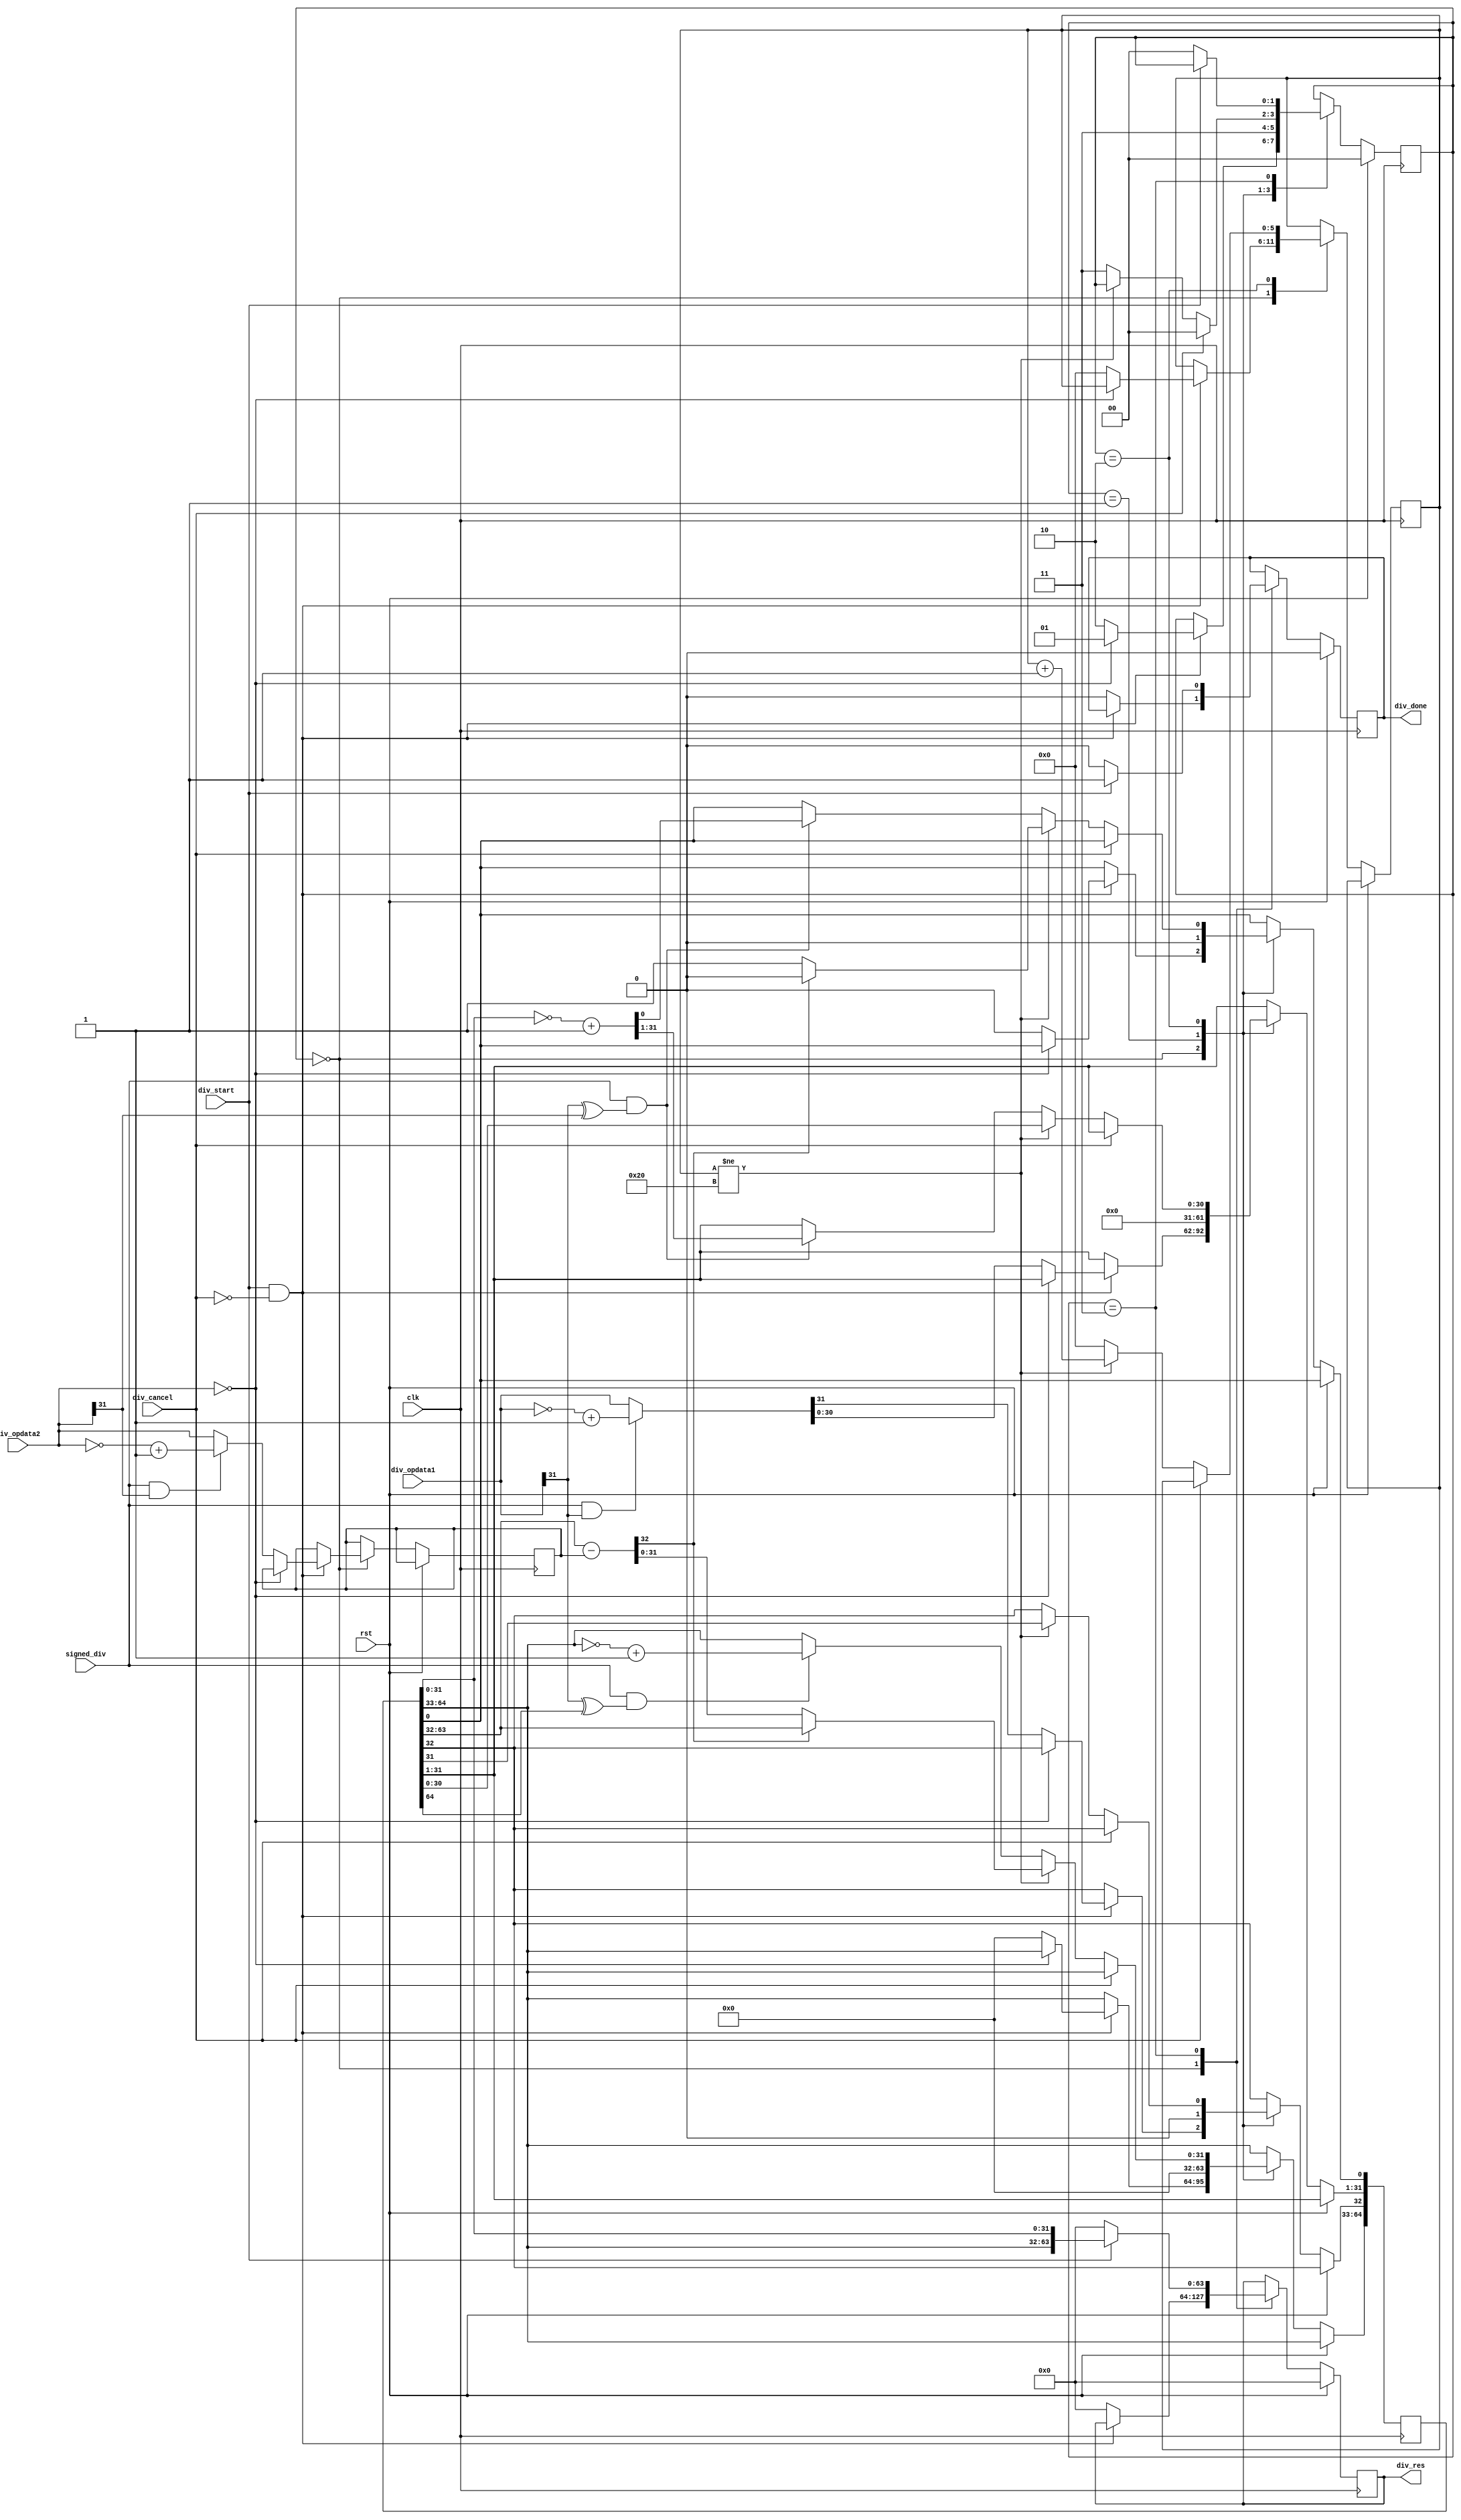
// defines used in div module
`define DivFree            2'b00  
`define DivZero            2'b01  
`define DivOn              2'b10  
`define DivEnd             2'b11  
`define RegWidth  32
`define DoubleRegWidth 64
`define RstEnable 1

module div1(
    input wire                      clk,
    input wire                      rst,
     
    input wire                      signed_div,  // signed div(high) unsigned div(low)
    input wire[`RegWidth-1:0]       div_opdata1, // dividend
    input wire[`RegWidth-1:0]       div_opdata2, // divider
    input wire                      div_start,   // start division (high active)
    input wire                      div_cancel,  // cancel division (high active)
     
    output reg[`DoubleRegWidth-1:0] div_res,     // division result
    output reg                      div_done     // division done (high active)
);
    // variable width attention
    wire[`RegWidth:0]       div_temp;  // attention the width(33)
    reg [`DoubleRegWidth:0] dividend;  // attention the width(65)
 
    reg [`RegWidth-1:0]       divisor;     
    reg [`RegWidth-1:0]       opdata1_tmp;
    reg [`RegWidth-1:0]       opdata2_tmp;
    reg [1:0]                 state;
    reg [5:0]                 cnt;      // div operation cycle count
     
    assign div_temp = {
1'b0,dividend[63:32]
} - {
1'b0,divisor
};
 
    always @ (posedge clk)
    begin
        if (rst == `RstEnable)
        begin
            state <= `DivFree;
            div_done <= 1'b0;
            div_res <= {
`DoubleRegWidth{
1'b0
}
};
        end
        else
        begin
          case (state)
              `DivFree:
              begin
                  if(div_start == 1'b1 && div_cancel == 1'b0)
                  begin
                      if(div_opdata2 == {
`RegWidth{
1'b0
}
})
                      begin
                          state <= `DivZero;
                      end
                      else
                      begin
                          state <= `DivOn;
                          cnt <= 6'b000000;
 
                          if(signed_div == 1'b1 && div_opdata1[31] == 1'b1 ) begin
                              opdata1_tmp = ~div_opdata1 + 1;
                          end else begin
                              opdata1_tmp = div_opdata1;
                          end
 
                          if(signed_div == 1'b1 && div_opdata2[31] == 1'b1 ) begin
                              opdata2_tmp = ~div_opdata2 + 1;
                          end else begin
                              opdata2_tmp = div_opdata2;
                          end
 
                          dividend       <= {
`DoubleRegWidth{
1'b0
}
};
                          dividend[32:1] <= opdata1_tmp;
                          divisor        <= opdata2_tmp;
                      end
                  end
                  else
                  begin
                      div_done <= 1'b0;
                      div_res  <= {
`DoubleRegWidth{
1'b0
}
};
                  end              
              end
 
              `DivZero:
              begin
                  dividend <= {
`DoubleRegWidth{
1'b0
}
};
                  state    <= `DivEnd;                 
              end
 
              `DivOn:
              begin
                  if(div_cancel == 1'b0)
                  begin
                      if(cnt != 6'b100000)
                      begin
                          if(div_temp[32] == 1'b1)
                          begin
                             dividend <= {
dividend[63:0] , 1'b0
};
                          end
                          else
                          begin
                             dividend <= {
div_temp[31:0] , dividend[31:0] , 1'b1
};
                          end
                          cnt <= cnt + 1;
                      end
                      else
                      begin
                          if((signed_div == 1'b1) && ((div_opdata1[31] ^ div_opdata2[31]) == 1'b1))
                          begin
                              dividend[31:0] <= (~dividend[31:0] + 1);
                          end
                          if((signed_div == 1'b1) && ((div_opdata1[31] ^ dividend[64]) == 1'b1))
                          begin              
                              dividend[64:33] <= (~dividend[64:33] + 1);
                          end
                          state <= `DivEnd;
                          cnt   <= 6'b000000;                
                      end
                  end
                  else
                  begin
                      state <= `DivFree;
                  end    
              end
 
              `DivEnd:
              begin
                  div_res  <= {
dividend[64:33], dividend[31:0]
};  
                  div_done <= 1'b1;
                  if(div_start == 1'b0)
                  begin
                      state    <= `DivFree;
                      div_done <= 1'b0;
                      div_res  <= {
`DoubleRegWidth{
1'b0
}
};           
                  end              
              end
          endcase
        end
    end
 
endmodule